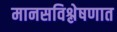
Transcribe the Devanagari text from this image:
मानसविश्लेषणात